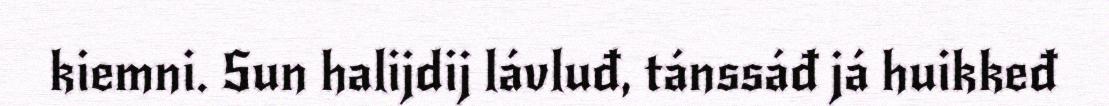
kiemni. Sun halijdij lávluđ, tánssáđ já huikkeđ